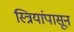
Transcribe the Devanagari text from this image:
स्त्रियांपासून